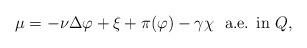
LaTeX: \begin{align*} \mu= - \nu \Delta \varphi + \xi + \pi(\varphi) - \gamma \chi \ \ \textrm{a.e. in $Q$,} \end{align*}